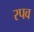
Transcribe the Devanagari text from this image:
रपव